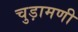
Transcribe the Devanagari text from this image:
चुड़ामणी